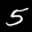
Digit: 5